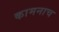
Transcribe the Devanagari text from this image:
कामनाच